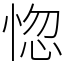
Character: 惚